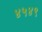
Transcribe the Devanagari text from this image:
४५४९